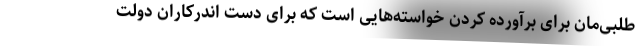
طلبی‌مان برای برآورده کردن خواسته‌هایی است که برای دست اندرکاران دولت